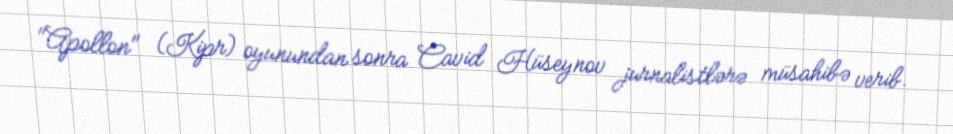
"Apollon" (Kipr) oyunundan sonra Cavid Hüseynov jurnalistlərə müsahibə verib.